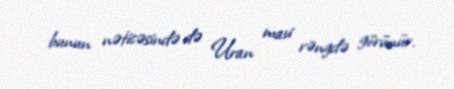
bunun nəticəsində də Uran mavi rəngdə görünür.